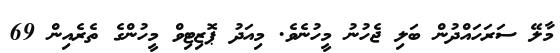
މާލޭ ސަރަހައްދުން ބަލި ޖެހުނު މީހުނެވެ. މިއަދު ޕޮޒިޓިވް މީހުންގެ ތެރެއިން 69